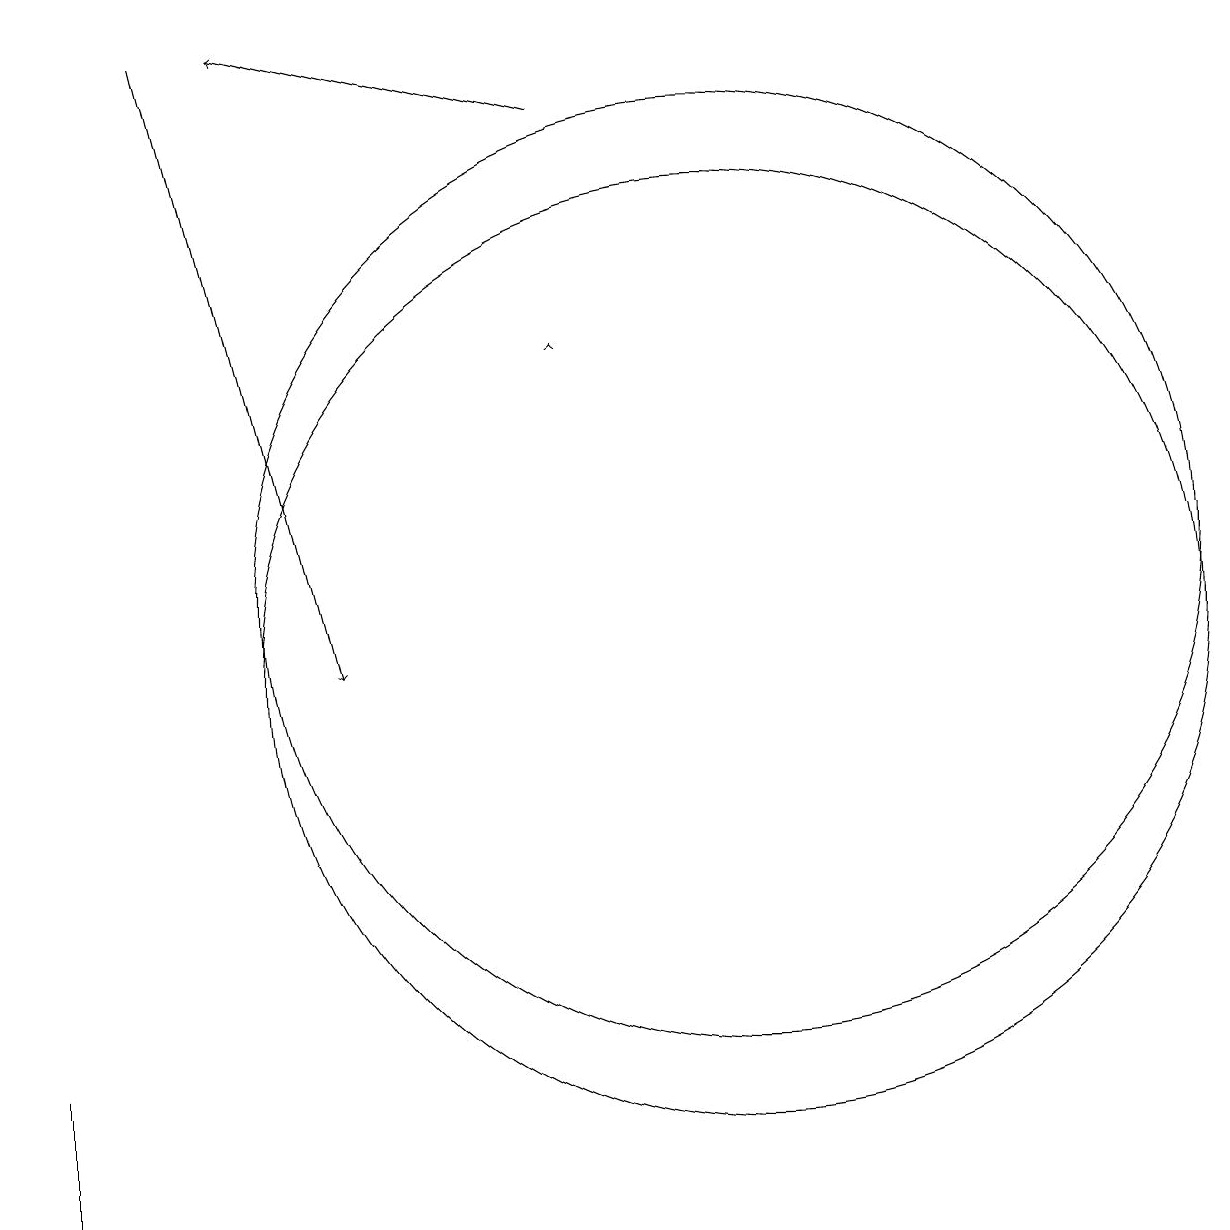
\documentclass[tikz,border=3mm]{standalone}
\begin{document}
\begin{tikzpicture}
\draw (10,11) circle (6);
\draw (10,10) circle (6);
\draw (1,3) -- (1,4) -- (1,5) -- cycle;
\draw[->] (8,17) -- (4,18);
\draw[->] (8,14) -- (8,14);
\draw[->] (3,18) -- (5,10);
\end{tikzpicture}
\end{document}